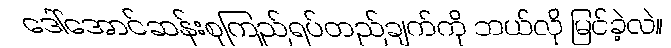
ဒေါ်အောင်ဆန်းစုကြည်ရပ်တည်ချက်ကို ဘယ်လို မြင်ခဲ့လဲ။